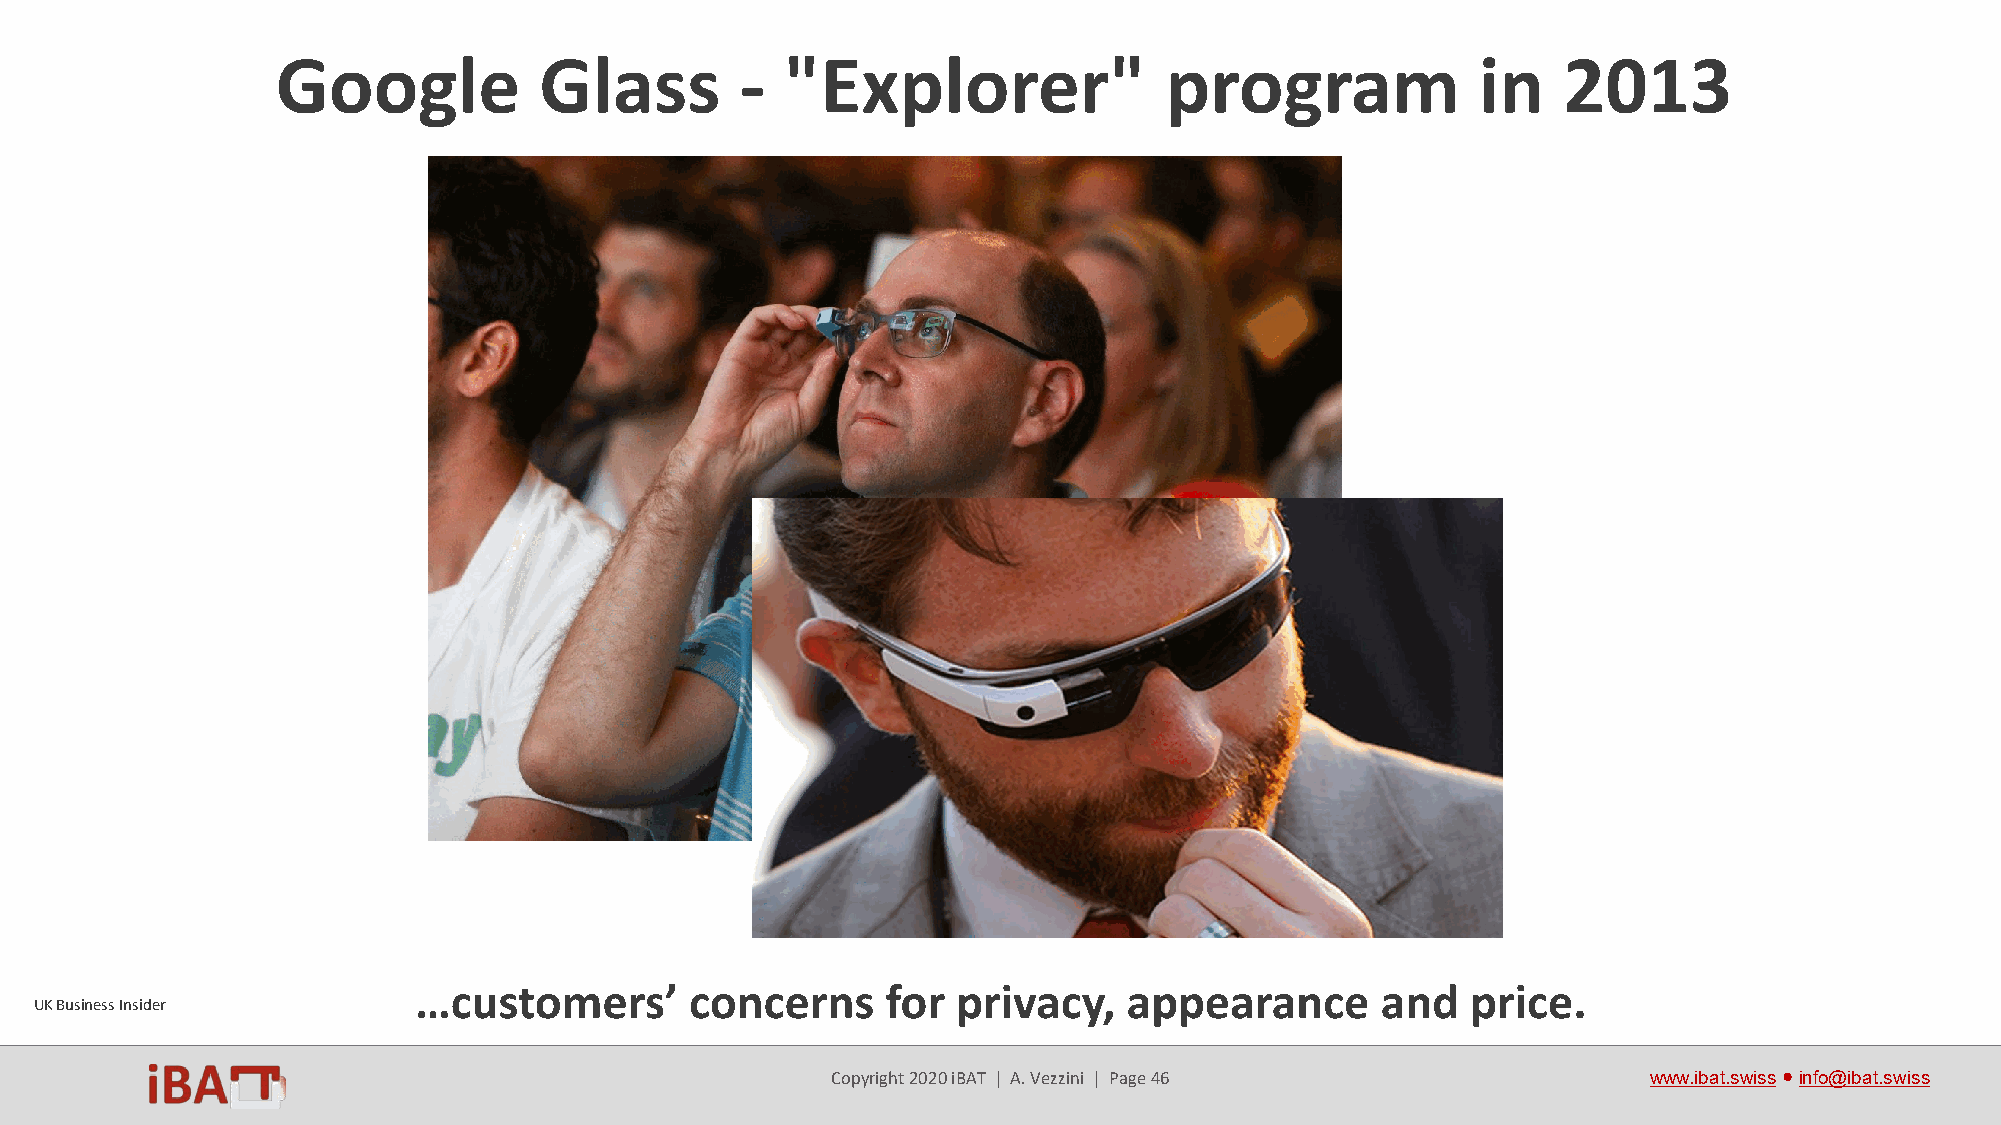
1. Technology-push approach
 Google            Glass        -  "Explorer"               program              in   2013
 …customers’        concerns     for privacy,    appearance      and   price.
 UK Business Insider
 Copyright 2020 iBAT | A. Vezzini | Page 46            www.ibat.swiss●info@ibat.swiss